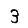
Digit: 3